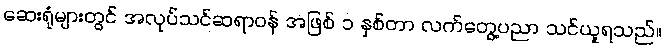
ဆေးရုံများတွင် အလုပ်သင်ဆရာဝန် အဖြစ် ၁ နှစ်တာ လက်တွေ့ပညာ သင်ယူရသည်။